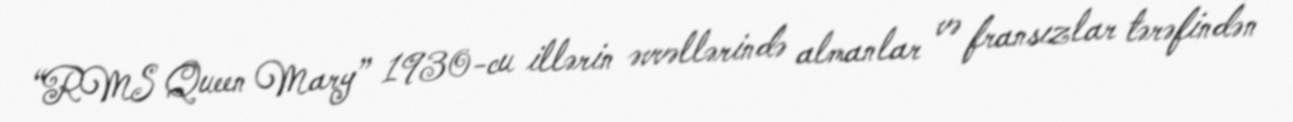
“RMS Queen Mary” 1930-cu illərin əvvəllərində almanlar və fransızlar tərəfindən